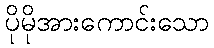
ပိုမိုအားကောင်းသော